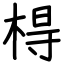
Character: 棏